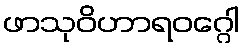
ဖာသုဝိဟာရဝဂ္ဂေါ